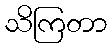
သိကြတာ